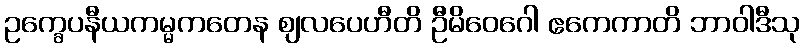
ဥက္ခေပနီယကမ္မကတေန ဈလပေဟီတိ ဦမိဝေဂေါ ဧကေကာတိ ဘာဝါဒီသု